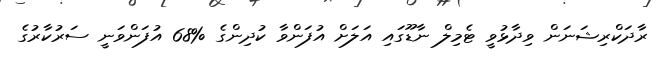
ރާދަކްރިޝަނަން ވިދާޅުވީ ޓެމިލް ނާޑޫގައި އަލަށް އުފަންވާ ކުދިންގެ %68 އުފަންވަނީ ސަރުކާރުގެ